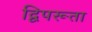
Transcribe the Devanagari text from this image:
द्विपरूता